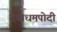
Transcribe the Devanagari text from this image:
देयाधमपोदी